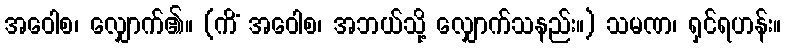
အဝေါစ၊ လျှောက်၏။ (ကိံ အဝေါစ၊ အဘယ်သို့ လျှောက်သနည်း။) သမဏ၊ ရှင်ရဟန်း။